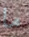
ما